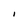
Character: I